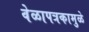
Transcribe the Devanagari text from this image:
वेळापत्रकामुळे